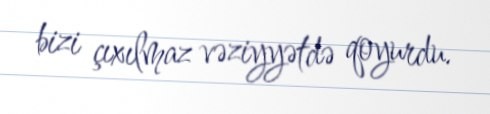
bizi çıxılmaz vəziyyətdə qoyurdu.